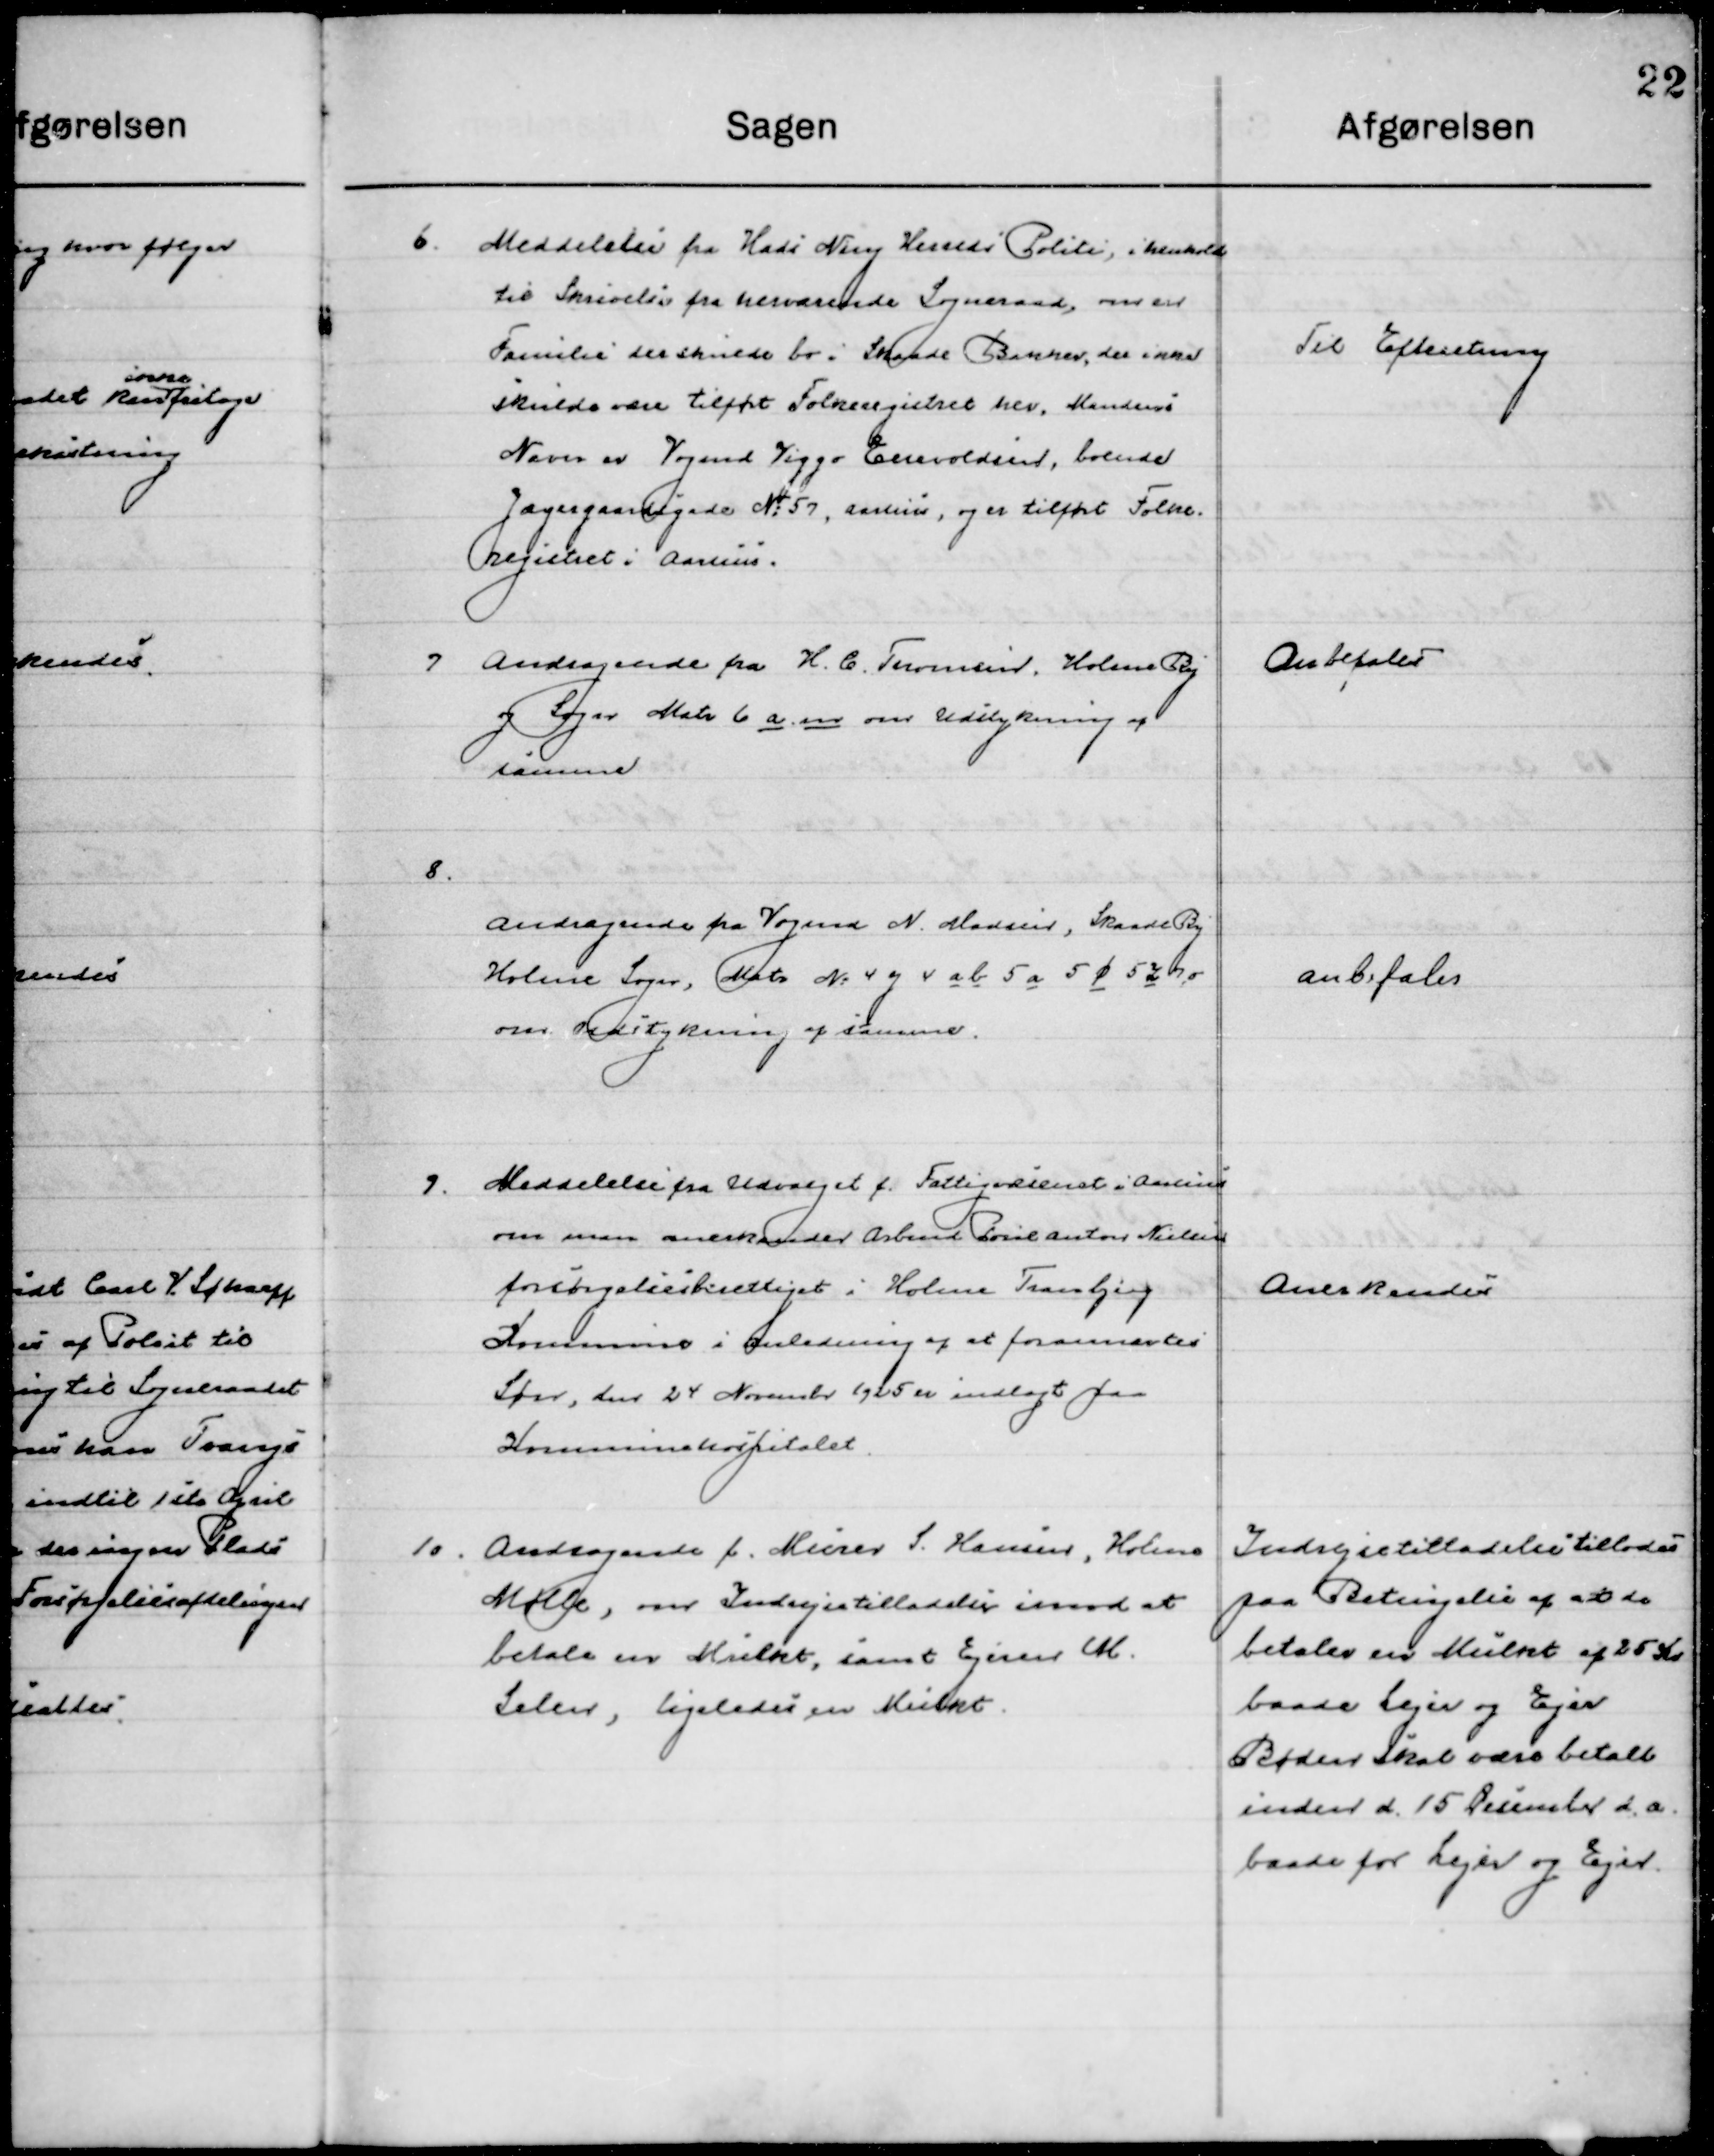
Transskription:
6

Meddelelse fra Hads Ning Herreds Politi, i henholdt
til Skrivelse fra herværende Sogneraad, om en
Familie der skulle bo i Skaade Bakker, der ikke
være tilført Folkeregisteret her, Mandens
Navn er Vogmd. Viggo Enevoldsen, boende
Jægergaardsgade No. 57, Aarhus, og er tilført Folke-
registeret i Aarhus.

Til Efterretning

7

Andragende fra H. C. Thomsen, Holme By
og Sogn Matr. 6 a en om Udstykning af 
samme.

Anbefales

8

Andragende fra Vogm. N. Madsen, Skaade By
 Holme Sogn, Matr. No. 4 y 4 a b 5 a 5 ø 5 z 7 o
om Udstykning af samme.

Anbefales

9

Meddelelse fra Udvalget f. Fattigvæsenet i Aarhus
om man anerkender Arbmd. Poul Anton Nielsen
forsørgelsesberettiget i Holme Tranbjerg
kommune i anledning af at forannævntes
Søn, den 24 November 1925 er indlagt paa
Kommunehospitalet.

Anerkendes

10

Andragende f. Murer S. Hansen, Holme
Mark, om Indrejsetilladelse imod at
Betale en Mulkt, samt Ejner M.
Salen, ligeledes en Mulkt.

Indrejsetilladelse tillodes
paa Betingelse af at de
betaler en Mulkt af 25 Kr.
baade Lejer og Ejer
Bøden skal være betalt
Inden d. 15 December d. a.
baade Lejer og Ejer.